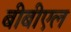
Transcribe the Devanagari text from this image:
बीबीएल